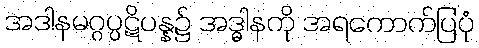
အဒါနမဂ္ဂပ္ပဋိပန္န၌ အဒ္ဓါနကို အရကောက်ပြပုံ